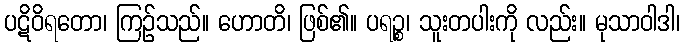
ပဋိဝိရတော၊ ကြဉ်သည်။ ဟောတိ၊ ဖြစ်၏။ ပရဉ္စ၊ သူးတပါးကို လည်း။ မုသာဝါဒါ၊